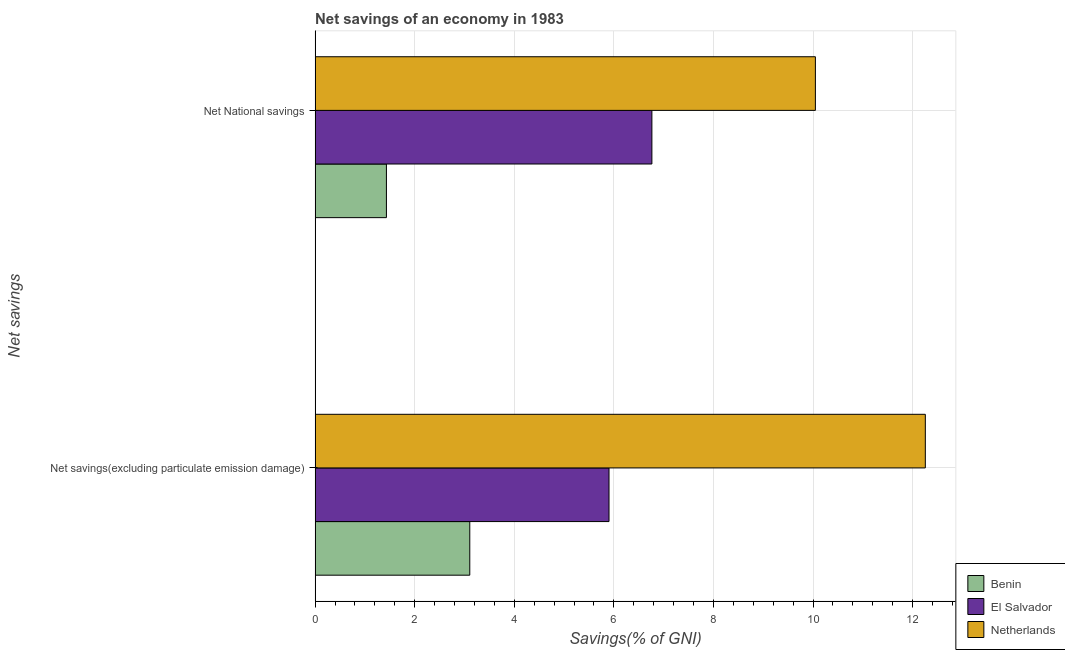
| Net savings | Benin | El Salvador | Netherlands |
 | --- | --- | --- | --- |
 | Net savings(excluding particulate emission damage) | 3.11 | 5.9 | 12.3 |
 | Net National savings | 1.43 | 6.76 | 10 |